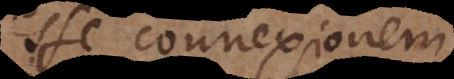
sse connexionem,